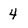
Character: 4